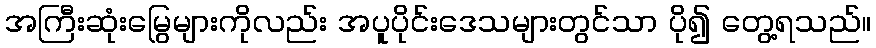
အကြီးဆုံးမြွေများကိုလည်း အပူပိုင်းဒေသများတွင်သာ ပို၍ တွေ့ရသည်။